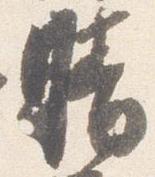
晴